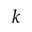
\boldsymbol { k }